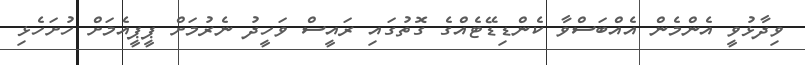
ވިދާޅުވީ އެންމެން އެއްބަސްވާ ކެންޑިޑޭޓެއްގެ ގޮތުގައި ރައީސް ވަހީދު ނެރުމަށް ޕީޕީއެމަށް ހުށަހެޅި